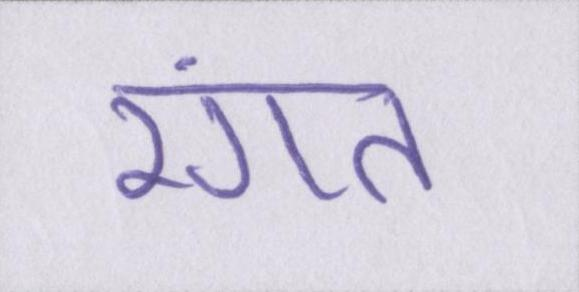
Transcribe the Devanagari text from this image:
रंगत